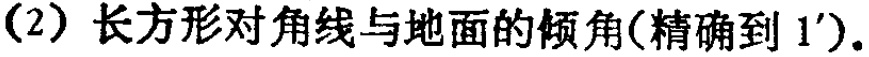
(2) 长方形对角线与地面的倾角(精确到 \(1'\))。